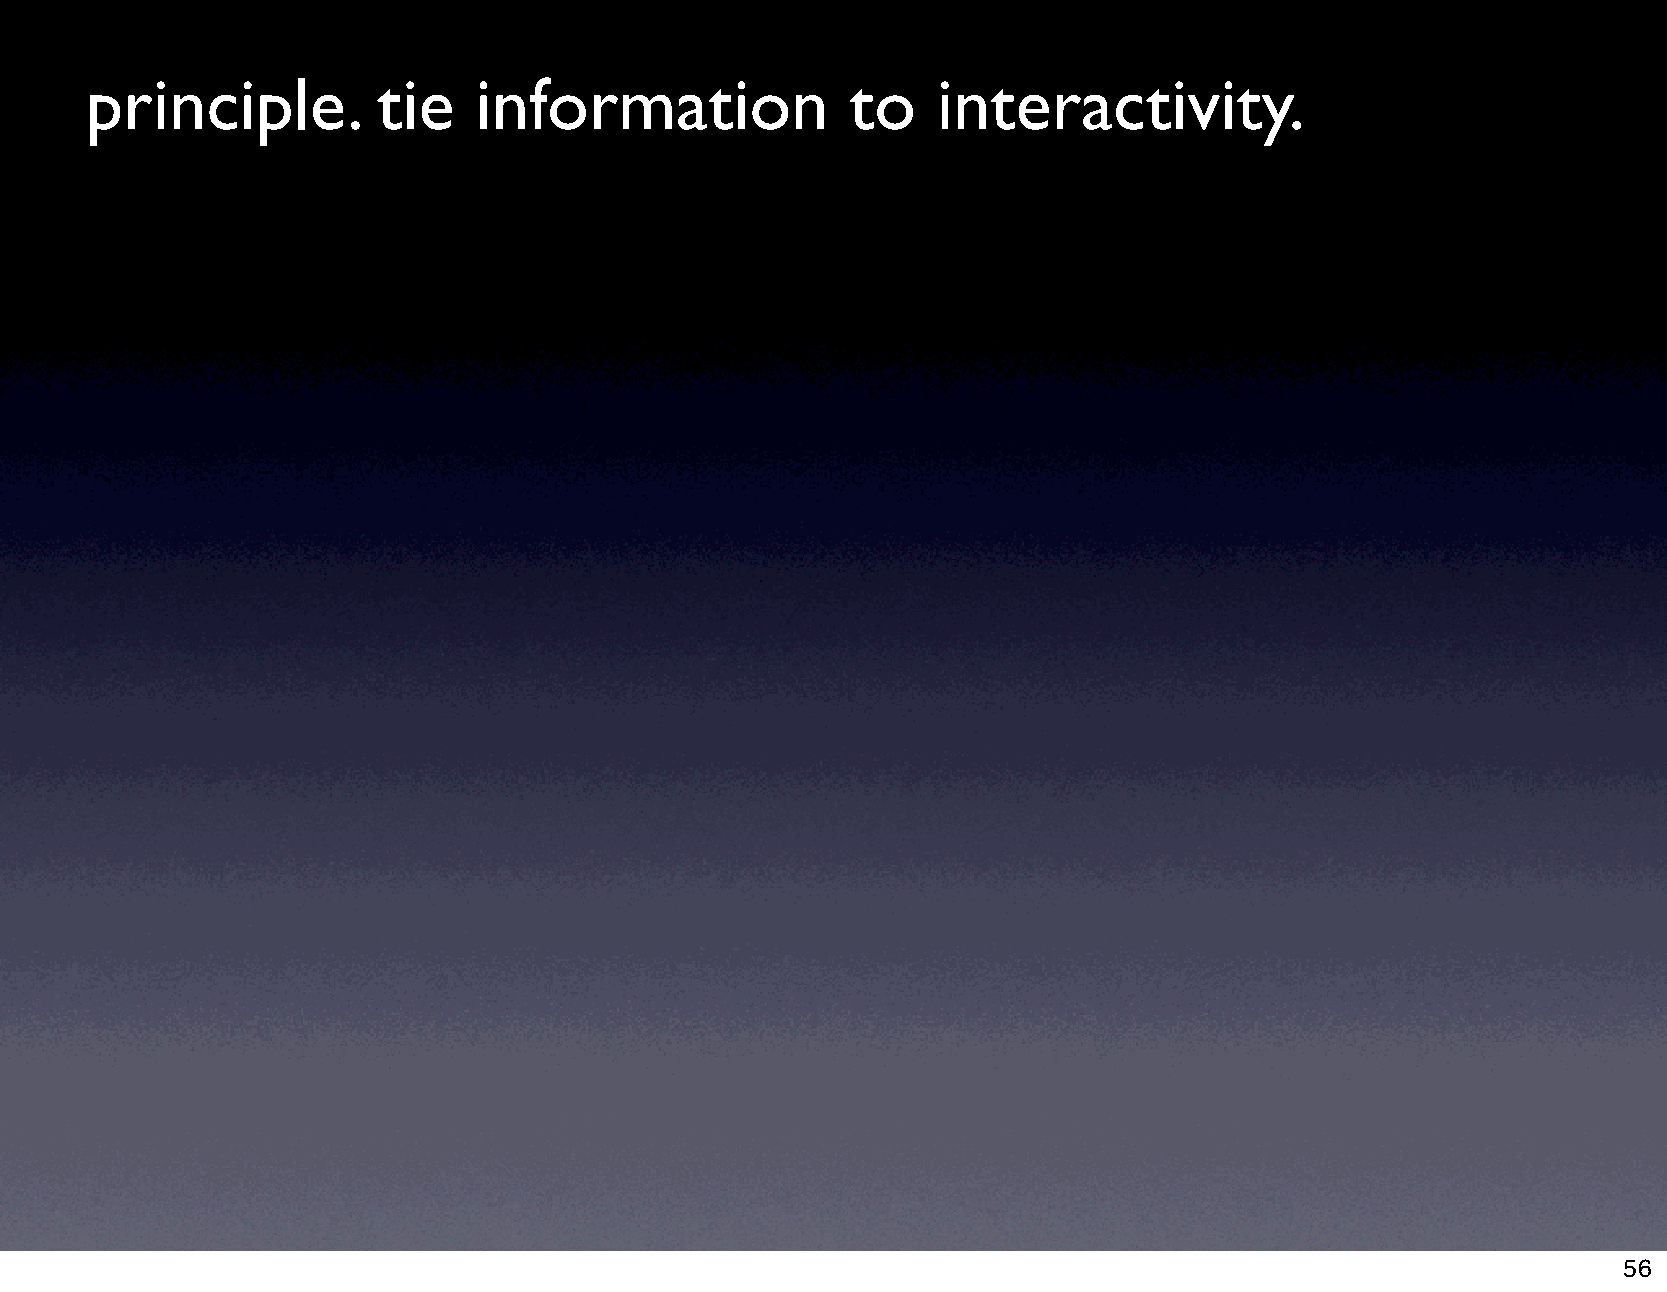
principle.         tie   information              to    interactivity.
 56